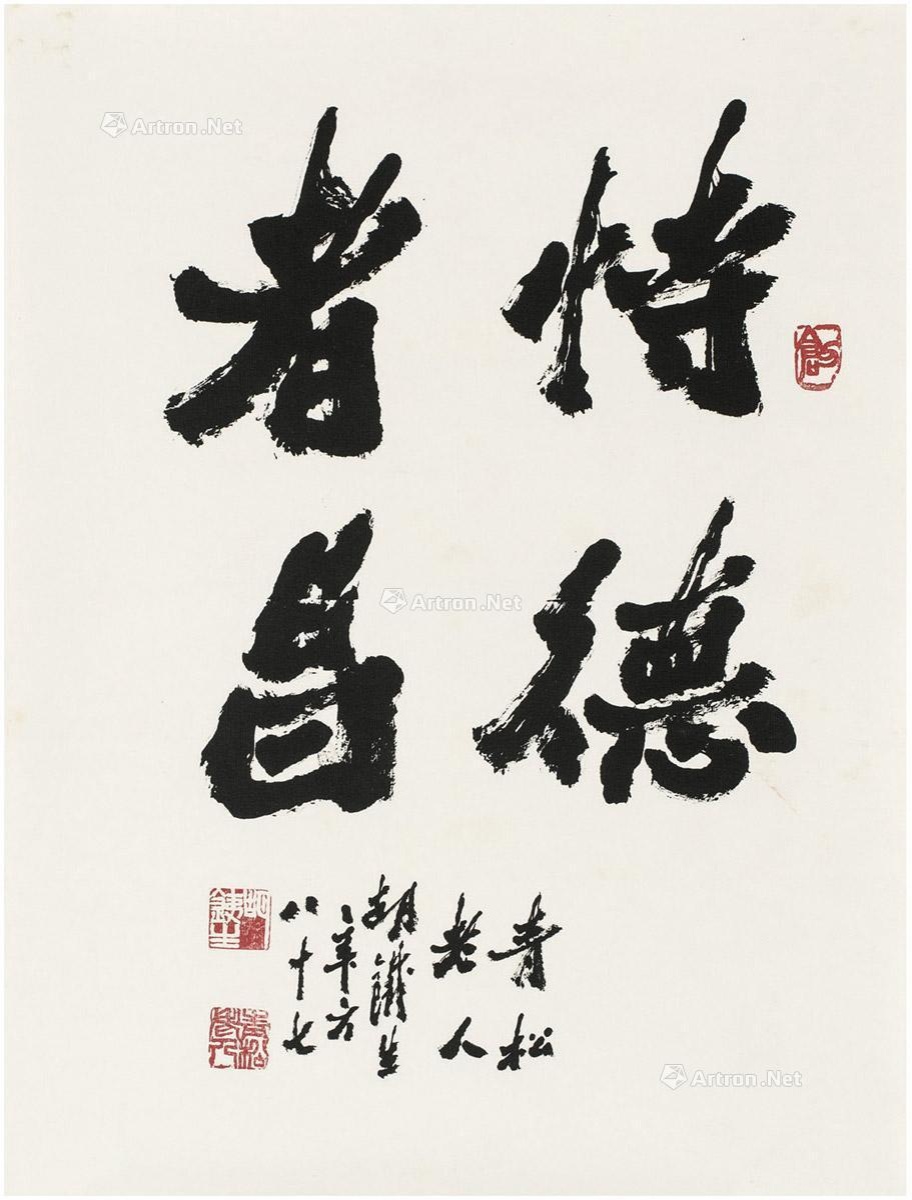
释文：恃德者昌。青松老人胡铁生年方八十七。